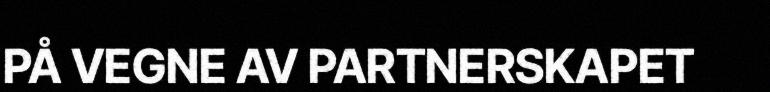
PÅ VEGNE AV PARTNERSKAPET